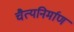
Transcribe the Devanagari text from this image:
चैत्यनिर्माण